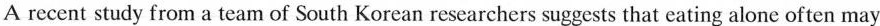
A recent study from a team of South Korean researchers suggests that eating alone often may